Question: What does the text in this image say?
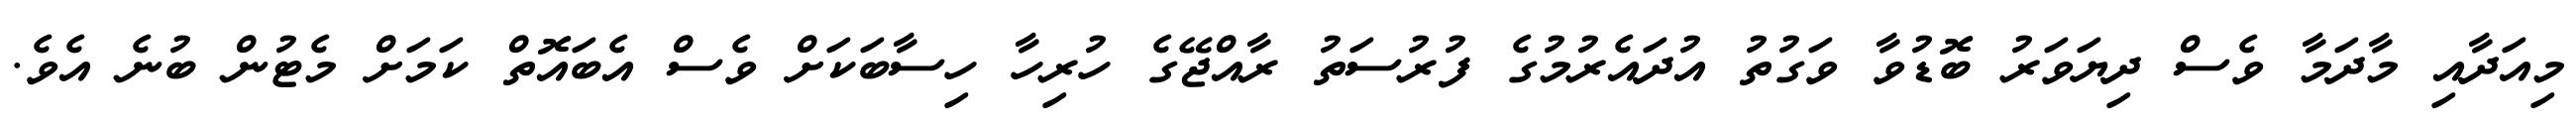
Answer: މިއަދާއި މާދަމާ ވެސް ދިޔަވަރު ބޮޑުވާ ވަގުތު އުދައެރުމުގެ ފުރުސަތު ރާއްޖޭގެ ހުރިހާ ހިސާބަކަށް ވެސް އެބައޮތް ކަމަށް މެޓުން ބުނެ އެވެ.